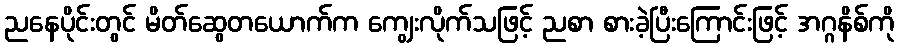
ညနေပိုင်းတွင် မိတ်ဆွေတယောက်က ကျွေးလိုက်သဖြင့် ညစာ စားခဲ့ပြီးကြောင်းဖြင့် အဂ္ဂနိစ်ကို